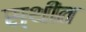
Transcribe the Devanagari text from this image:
स्‍थीत